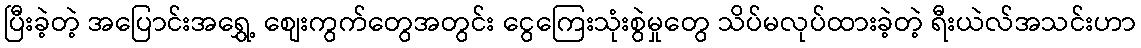
ပြီးခဲ့တဲ့ အပြောင်းအရွှေ့ စျေးကွက်တွေအတွင်း ငွေကြေးသုံးစွဲမှုတွေ သိပ်မလုပ်ထားခဲ့တဲ့ ရီးယဲလ်အသင်းဟာ